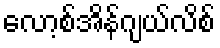
လော့စ်အိန်ဂျယ်လိစ်